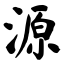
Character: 源